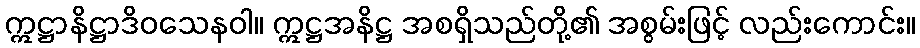
ဣဋ္ဌာနိဋ္ဌာဒိဝသေနဝါ။ ဣဋ္ဌအနိဋ္ဌ အစရှိသည်တို့၏ အစွမ်းဖြင့် လည်းကောင်း။